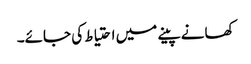
کھانے پینے میں احتیاط کی جائے۔